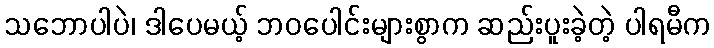
သဘောပါပဲ၊ ဒါပေမယ့် ဘဝပေါင်းများစွာက ဆည်းပူးခဲ့တဲ့ ပါရမီက